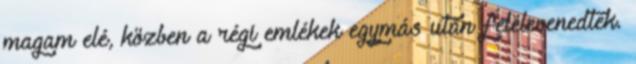
magam elé, közben a régi emlékek egymás után felelevenedtek.